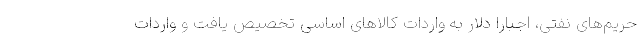
حریم‌های نفتی، اجبارا دلار به واردات کالاهای اساسی تخصیص یافت و واردات